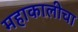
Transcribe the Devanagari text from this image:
महाकालीचा